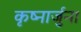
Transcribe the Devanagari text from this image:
कृष्नार्जुना